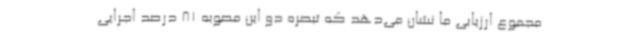
مجموع ارزیابی ما نشان می‌دهد که تبصره دو این مصوبه 81 درصد اجرایی